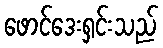
ဖောင်ဒေးရှင်းသည်